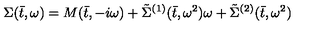
\Sigma ( \bar { t } , \omega ) = M ( \bar { t } , - i \omega ) + \tilde { \Sigma } ^ { ( 1 ) } ( \bar { t } , \omega ^ { 2 } ) \omega + \tilde { \Sigma } ^ { ( 2 ) } ( \bar { t } , \omega ^ { 2 } )